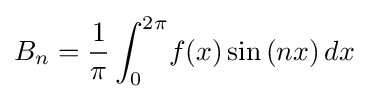
B_{n}={\frac {1}{\pi }}\displaystyle \int _{0}^{2\pi }\!f(x)\sin {(nx)}\,dx